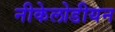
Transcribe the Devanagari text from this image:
नीकेलोडीयन